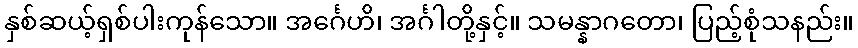
နှစ်ဆယ့်ရှစ်ပါးကုန်သော။ အင်္ဂေဟိ၊ အင်္ဂါတို့နှင့်။ သမန္နာဂတော၊ ပြည့်စုံသနည်း။